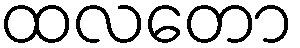
ထလတော